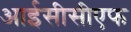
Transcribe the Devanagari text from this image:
आईसीसीएफ